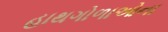
હાથગોળાઓના